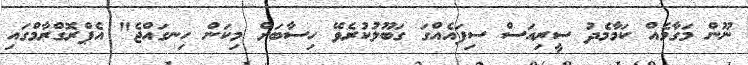
ނޫން މަގާމެއް ކަމާމެދު ސީރިއަސް ސިފައެއްގަ ގަބޫލުކުރެވޭ ހިސާބަށް މިކަން ހިނގައްޖެ" އެޕްރޮގްރާމްގައި